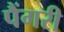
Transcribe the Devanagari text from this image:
पैंगरी